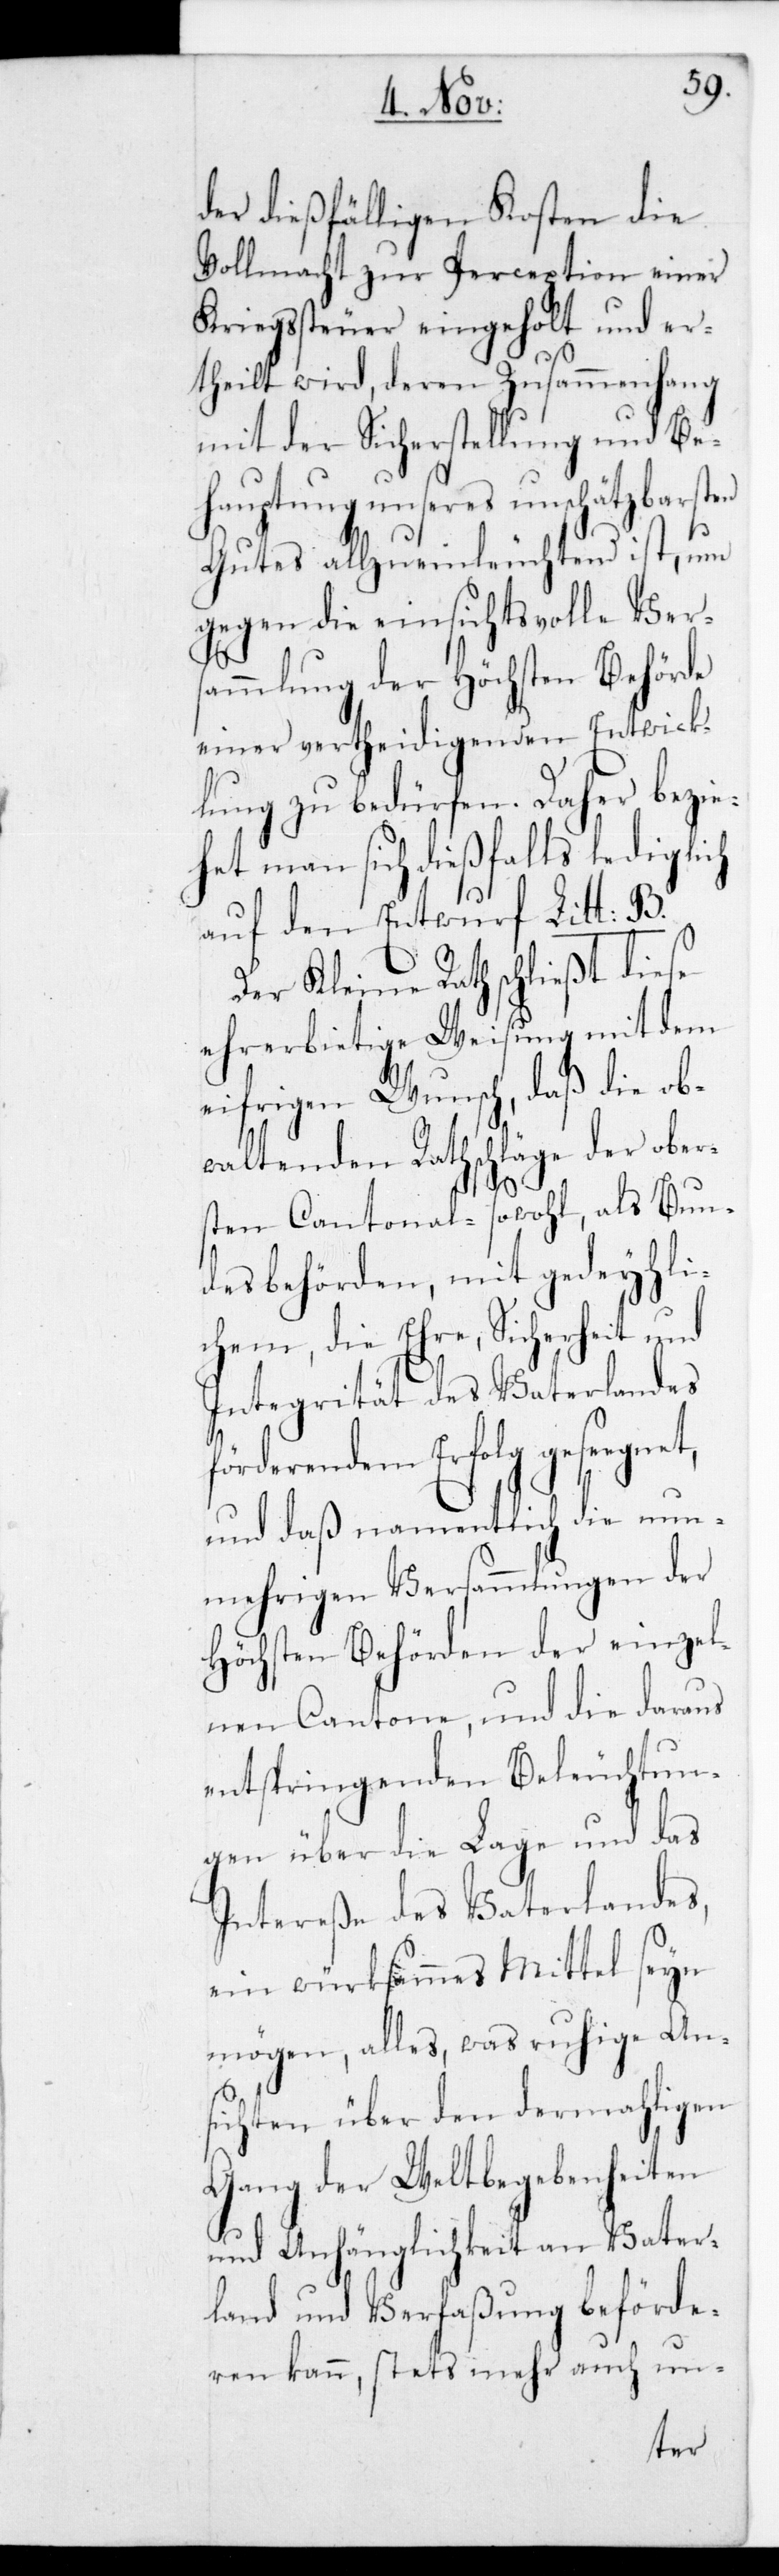
der dießfälligen Kosten die
Vollmacht zur Perception einer
Kriegssteuer eingeholt
er¬
nd
theilt wird, deren Zusam¬
mit der Sicherstellung
barsten
ehauptung unseres unsc¬
Gutes allzu einleuchtend ist, um
Vers¬
gegen die einsichtsvol¬
ammlung der Höchsten Behörde
wick¬
einer vertheidigenden
lung zu bedürfen. Daher bezie¬
het man sich dießfalls lediglich
auf den Entwurf Litt: B.
Der Kleine Rath schließt diese
ehrerbietige Weisung mit dem
eifrigen Wunsch, daß die ob¬
waltenden Rathschläge der ober¬
sten Cantonal- sowohl als Bun¬
desbehörden, mit gedeyhli¬
chem, die Ehre, Sicherheit u¬
Integrität des Vaterlandes
förderendem Erfolg gesegnet,
und daß namentlich die nun¬
mehrigen Versammlungen der
Höchsten Behörden der einze¬
lnen Cantone, und die daraus
entspringenden Beleuchtun¬
gen über die Lage und das
Intereße des Vaterlandes,
ein würksammes Mittel seyn
mögen, alles was ruhige An¬
sichten über den dermahligen
Gang der Weltbegebenheiten
und Anhänglichkeit an Vater¬
land und Verfaßung beförde¬
ren kann, stets mehr auch un-